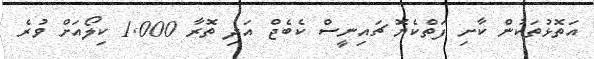
އަތޮޅުތަކުން ކާށި ފަތްކެޔޮ ޗައިނީސް ކެބެޖް އަދި ތޮރާ 1